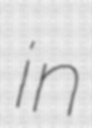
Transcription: in